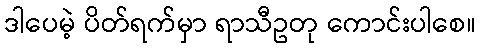
ဒါပေမဲ့ ပိတ်ရက်မှာ ရာသီဥတု ကောင်းပါစေ။